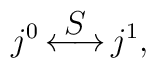
j^{0}\mathop{\longleftrightarrow}^{\displaystyle S} j^{1},